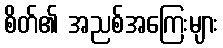
စိတ်၏ အညစ်အကြေးများ